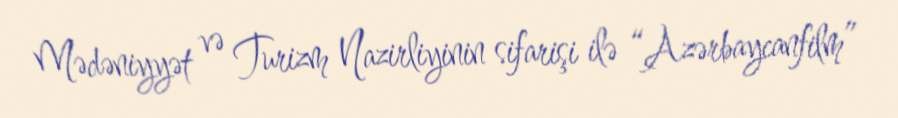
Mədəniyyət və Turizm Nazirliyinin sifarişi ilə “Azərbaycanfilm”